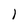
Character: 1